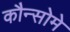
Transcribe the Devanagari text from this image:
कौन्सोमे